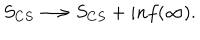
LaTeX: S _ { C S } \longrightarrow S _ { C S } + i n f ( \infty ) .